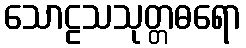
သောဠသသုတ္တဓရော